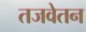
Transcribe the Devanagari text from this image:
तजवेतन